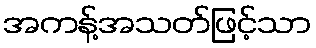
အကန့်အသတ်ဖြင့်သာ